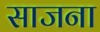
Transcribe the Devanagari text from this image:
साजना